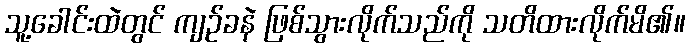
သူ့ခေါင်းထဲတွင် ကျဉ်ခနဲ ဖြစ်သွားလိုက်သည်ကို သတိထားလိုက်မိ၏။